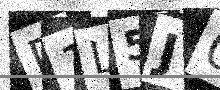
Text: D1L5J0